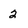
Character: 2